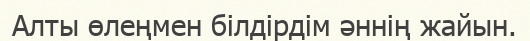
Алты өлеңмен білдірдім әннің жайын.